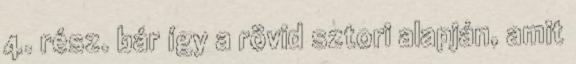
4. rész. bár így a rövid sztori alapján, amit